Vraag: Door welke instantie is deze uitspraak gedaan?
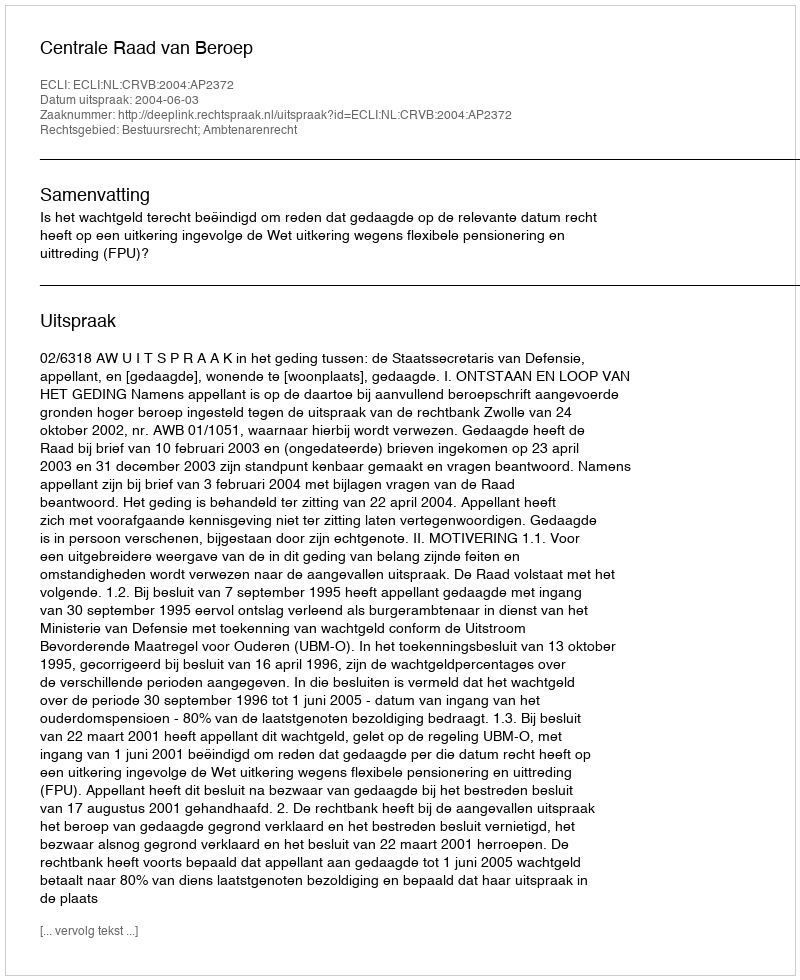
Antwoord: Centrale Raad van Beroep